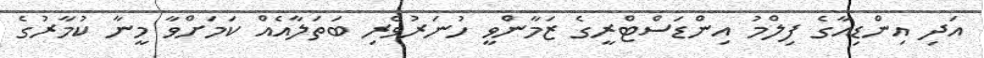
އަދި އިންޑިއާގެ ފިލްމު އިންޑަސްޓްރީގެ ޒަމާންވީ ހުނަރުވެރި ބަތަލާއެއް ކަމަށްވާ މީނާ ކުމާރުގެ